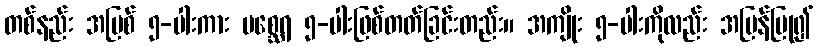
တစ်နည်း အပြစ် ၅-ပါးကား မစ္ဆေရ ၅-ပါးဖြစ်တတ်ခြင်းတည်း။ အကျိုး ၅-ပါးကိုလည်း အပြန်ပြု၍